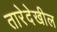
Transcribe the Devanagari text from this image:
तारेदेखील